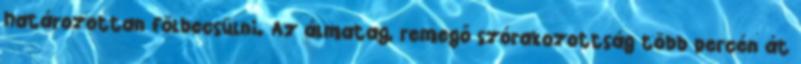
határozottan fölbecsülni. Az álmatag, remegő szórakozottság több percén át